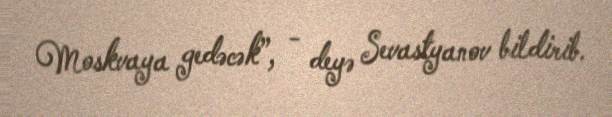
Moskvaya gedəcək”, - deyə Sevastyanov bildirib.